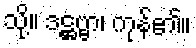
သို့။ ဒဋ္ဌဗ္ဗာ၊ ကုန်၏။